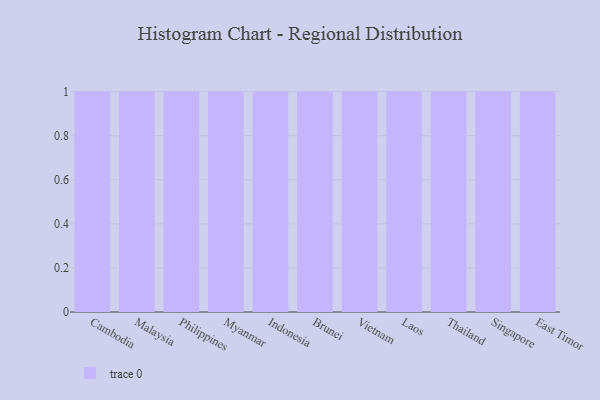
{"axis": {"x": "Country", "y": "Gross Profit (USD K)"}, "legend": [""], "data": [{"x": "Cambodia", "y": 95, "type": ""}, {"x": "Malaysia", "y": 96, "type": ""}, {"x": "Philippines", "y": 94, "type": ""}, {"x": "Myanmar", "y": 71, "type": ""}, {"x": "Indonesia", "y": 59, "type": ""}, {"x": "Brunei", "y": 31, "type": ""}, {"x": "Vietnam", "y": 27, "type": ""}, {"x": "Laos", "y": 38, "type": ""}, {"x": "Thailand", "y": 35, "type": ""}, {"x": "Singapore", "y": 24, "type": ""}, {"x": "East Timor", "y": 72, "type": ""}]}